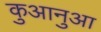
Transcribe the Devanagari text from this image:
कुआनुआ